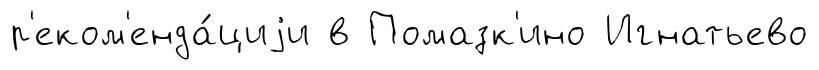
р'еком'енда́циjи в Помазк'ино Игнатьево